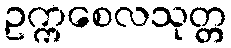
ဥက္ကစေလသုတ္တ